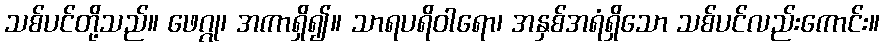
သစ်ပင်တို့သည်။ ဖေဂ္ဂု၊ အကာရှိ၍။ သာရပရိဝါရော၊ အနှစ်အရံရှိသော သစ်ပင်လည်းကောင်း။